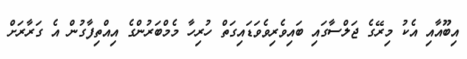
އިބޫއާއި އެކު މިރޭގެ ޖަލްސާގައި ބައިވެރިވެވަޑައިގަތް ހުރިހާ މެމްބަރުންގެ އިއްތިފާގުން އެ ގަރާރަށް